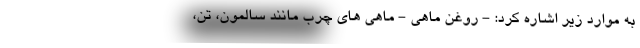
به موارد زیر اشاره کرد: - روغن ماهی - ماهی های چرب مانند سالمون، تن،